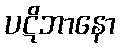
ပဋိဘာနော